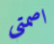
اصمتي